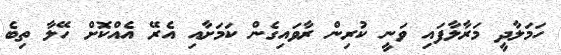
ހަމަލާދީ މަރާލާފައި ވަނީ ކުރިން ރާވައިގެން ކަމަށާއި އެރޭ އެއްކޮށް ހޭލާ ތިބެ